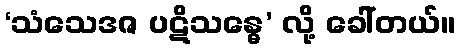
‘သံသေဒဇ ပဋိသန္ဓေ’ လို့ ခေါ်တယ်။